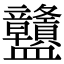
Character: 䀍